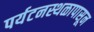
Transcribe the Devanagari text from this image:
पर्यटनस्थळापासून